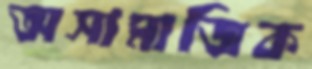
অসামাজিক